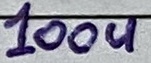
Text: 100u